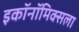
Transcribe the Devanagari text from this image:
इकॉनॉमिक्सला